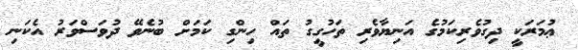
ޢުމަރަކީ ދިގުވެރިކަމުގެ އަނިޔާވެރި ތަހުގީގު ތައް ހިންގި ކަމަށް ބުނެވޭ ދުވަސްވަރު އެކަނި